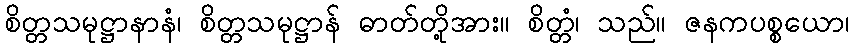
စိတ္တသမုဋ္ဌာနာနံ၊ စိတ္တသမုဋ္ဌာန် ဓာတ်တို့အား။ စိတ္တံ၊ သည်။ ဇနကပစ္စယော၊